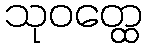
သုဝတ္ထေ